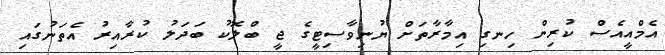
އެމްއީއެސް ކުރިން ހިނގި އިމާރާތަށް ޔުނިވާސިޓީގެ ޖީ ބްލޮކު ބަދަލު ކުރާއިރު އެތަނުގައި